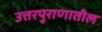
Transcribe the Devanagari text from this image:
उत्तरपुराणातील